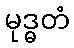
မုဒ္ဓတံ